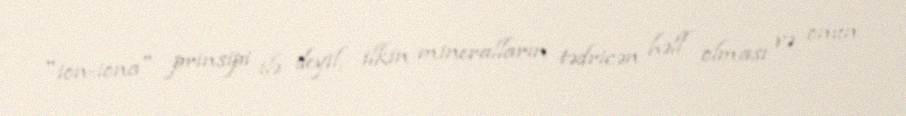
"ion-iona" prinsipi ilə deyil, ilkin mineralların tədricən həll olması və onun